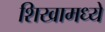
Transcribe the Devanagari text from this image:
शिखामध्ये